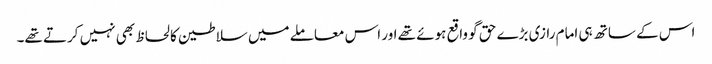
اس کے ساتھ ہی امام رازی بڑے حق گو واقع ہوئے تھے اور اس معاملے میں سلاطین کا لحاظ بھی نہیں کرتے تھے۔